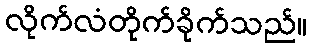
လိုက်လံတိုက်ခိုက်သည်။